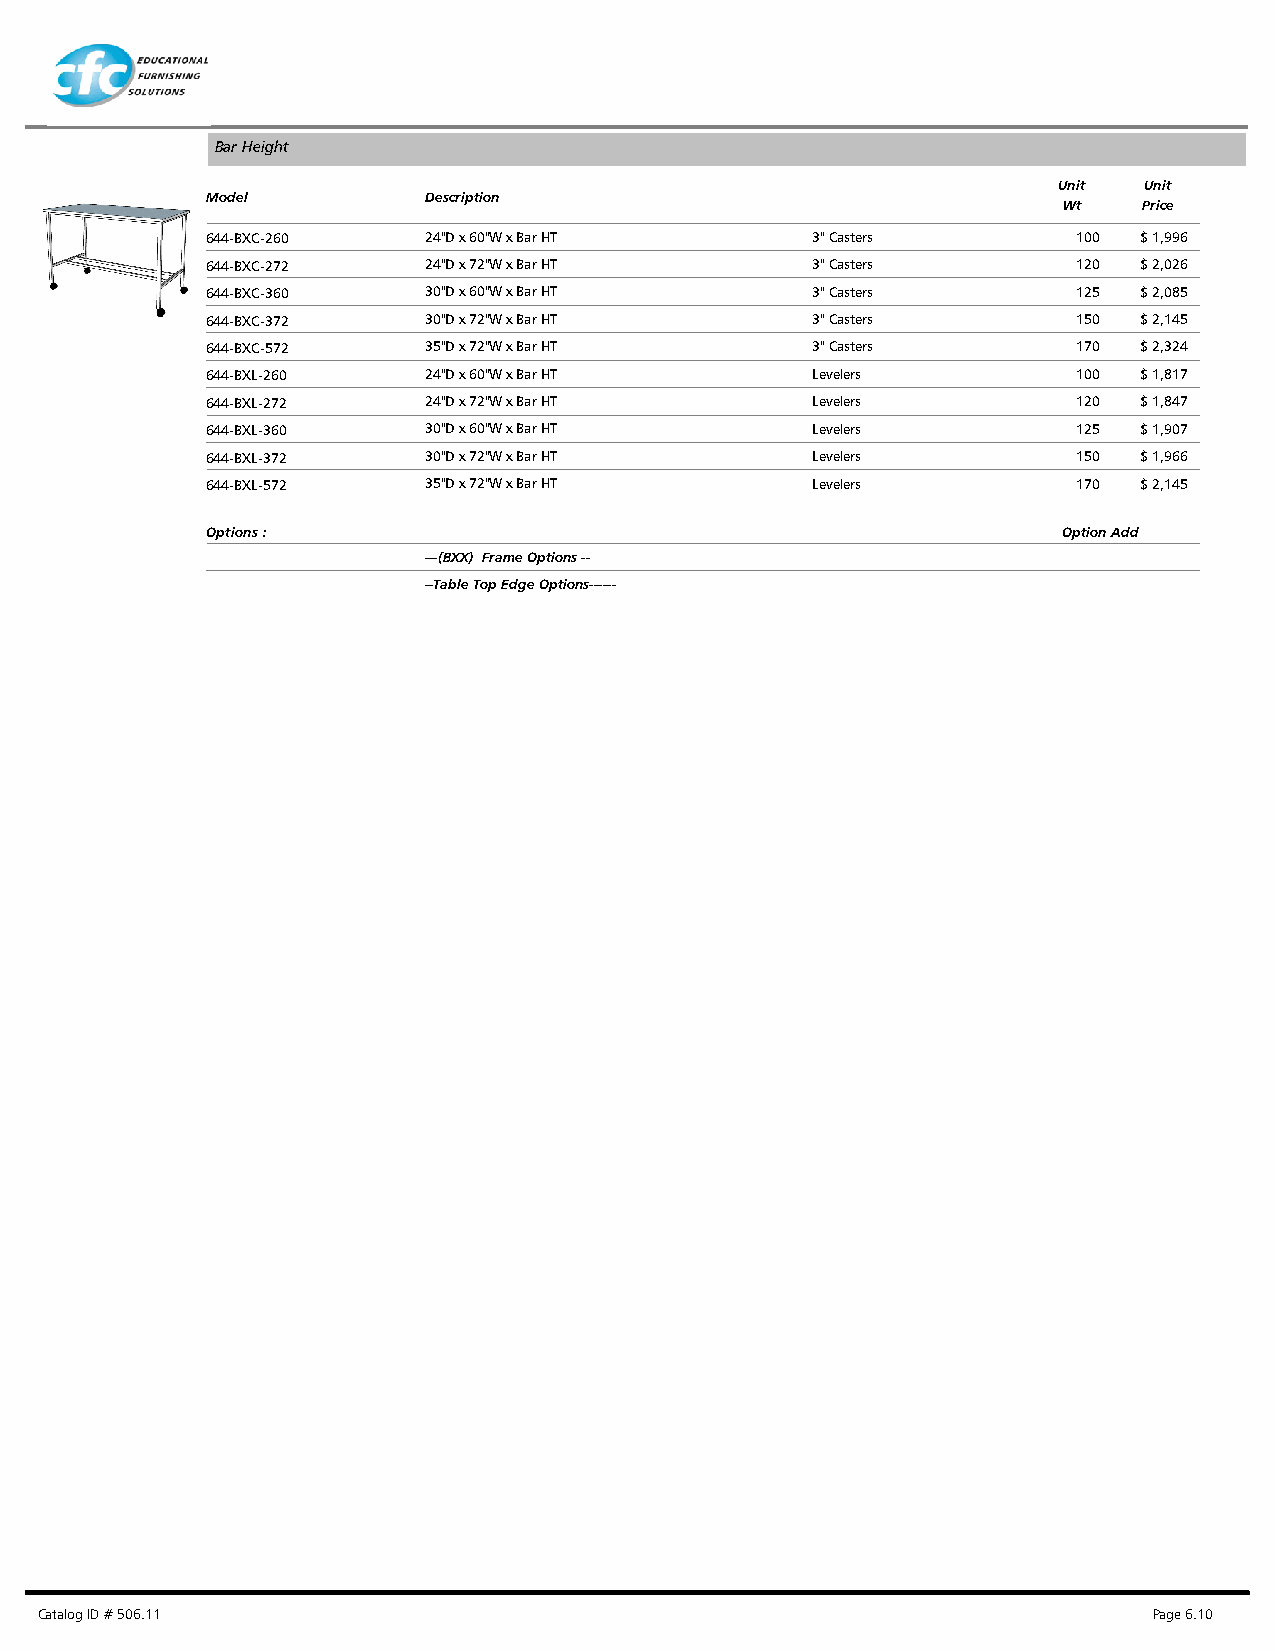
Bar Height
 Unit  Unit
 Model         Description
 Wt    Price
 644-BXC-260   24"D x 60"W x Bar HT      3" Casters       100 $ 1,996
 644-BXC-272   24"D x 72"W x Bar HT      3" Casters       120 $ 2,026
 644-BXC-360   30"D x 60"W x Bar HT      3" Casters       125 $ 2,085
 644-BXC-372   30"D x 72"W x Bar HT      3" Casters       150 $ 2,145
 644-BXC-572   35"D x 72"W x Bar HT      3" Casters       170 $ 2,324
 644-BXL-260   24"D x 60"W x Bar HT      Levelers         100 $ 1,817
 644-BXL-272   24"D x 72"W x Bar HT      Levelers         120 $ 1,847
 644-BXL-360   30"D x 60"W x Bar HT      Levelers         125 $ 1,907
 644-BXL-372   30"D x 72"W x Bar HT      Levelers         150 $ 1,966
 644-BXL-572   35"D x 72"W x Bar HT      Levelers         170 $ 2,145
 Options :                                               Option Add
 ---(BXX) Frame Options --
 --Table Top Edge Options------
 Catalog ID # 506.11                                                       Page 6.10